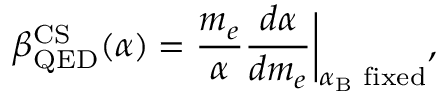
\beta _ { \mathrm { \tiny { Q E D } } } ^ { \mathrm { \tiny { C S } } } ( \alpha ) = \frac { m _ { e } } { \alpha } \frac { d \alpha } { d m _ { e } } \biggr | _ { \alpha _ { \mathrm { \tiny { B } } } \mathrm { \scriptsize { ~ f i x e d } } } ,